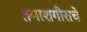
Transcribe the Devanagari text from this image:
तमाशगीराचे